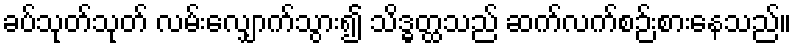
ခပ်သုတ်သုတ် လမ်းလျှောက်သွား၍ သိဒ္ဓတ္ထသည် ဆက်လက်စဉ်းစားနေသည်။